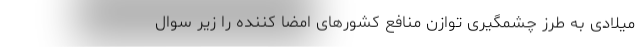
میلادی به طرز چشمگیری توازن منافع کشورهای امضا کننده را زیر سوال